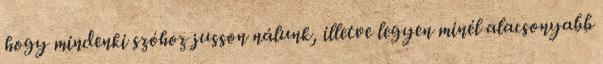
hogy mindenki szóhoz jusson nálunk, illetve legyen minél alacsonyabb